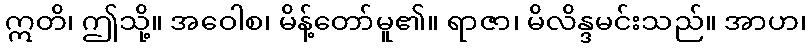
ဣတိ၊ ဤသို့။ အဝေါစ၊ မိန့်တော်မူ၏။ ရာဇာ၊ မိလိန္ဒမင်းသည်။ အာဟ၊